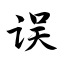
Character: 误